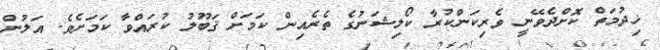
ޚިދުމަތް ކޮށްދެވޭނީ ވެރިކަންކުރާ ކޯލިޝަނުގެ ތެރެއިން ކަމަށް ޤަބޫލު ކުރައްވާ ކަމަށެވެ. އަލުން